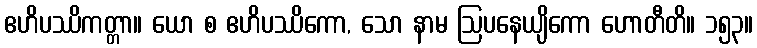
ဧဟိပဿိကတ္တာ။ ယော စ ဧဟိပဿိကော, သော နာမ ဩပနေယျိကော ဟောတီတိ။ ၁၅၃။